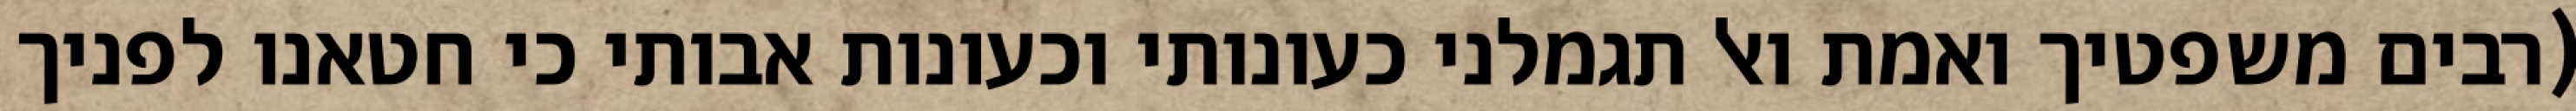
(רבים משפטיך ואמת ואל תגמלני כעונותי וכעונות אבותי כי חטאנו לפניך